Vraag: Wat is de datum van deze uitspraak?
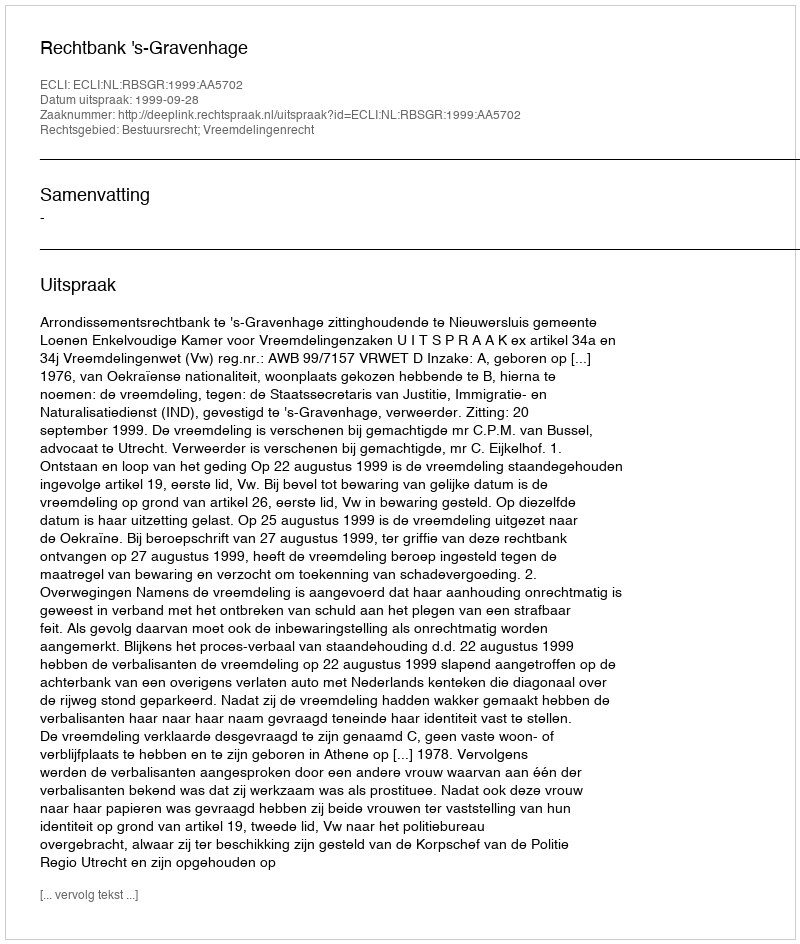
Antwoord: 1999-09-28